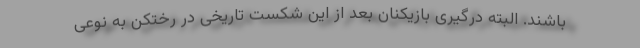
باشند. البته درگیری بازیکنان بعد از این شکست تاریخی در رختکن به نوعی